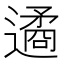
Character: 遹